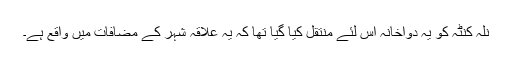
نلہ کنٹہ کو یہ دواخانہ اس لئے منتقل کیا گیا تھا کہ یہ علاقہ شہر کے مضافات میں واقع ہے۔